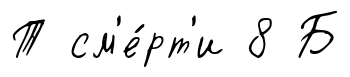
Т см'е́рт'и 8 Б